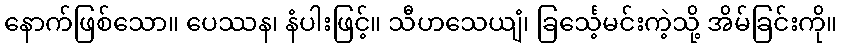
နောက်ဖြစ်သော။ ပေဿန၊ နံပါးဖြင့်။ သီဟသေယျံ၊ ခြင်္သေ့မင်းကဲ့သို့ အိမ်ခြင်းကို။